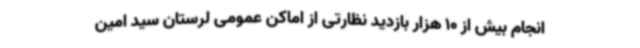
انجام بیش از 10 هزار بازدید نظارتی از اماکن عمومی لرستان سید امین